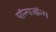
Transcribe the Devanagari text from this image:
यॉन्गजॉन्ग